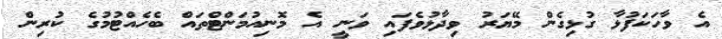
އެ ވާހަކަފުޅާ ގުޅިގެން މޭޔަރު ވިދާޅުވެފައި ވަނީ އެ މޮނިއުމަންޓްތައް ބެހެއްޓުމުގެ ކުރިން